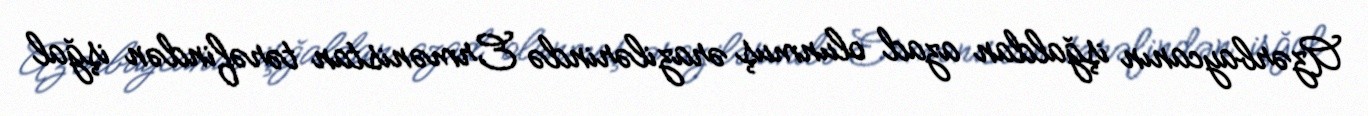
Azərbaycanın işğaldan azad olunmuş ərazilərində Ermənistan tərəfindən işğal